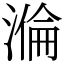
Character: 溣